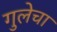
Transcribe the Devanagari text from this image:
गुलेचा